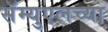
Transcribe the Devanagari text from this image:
सॅम्युएलच्या